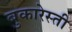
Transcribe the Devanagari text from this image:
बुकारेस्ती